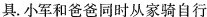
具。小军和爸爸同时从家骑自行